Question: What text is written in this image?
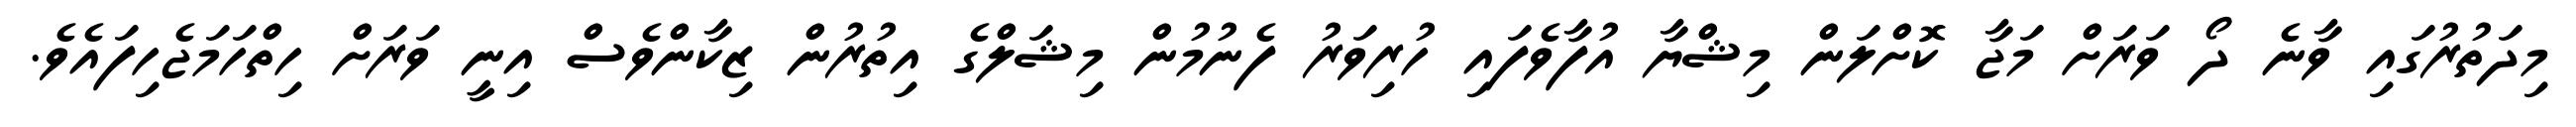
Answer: މިދަތުރުގައި ވާނެ ދޯ ވަރަށް މަޖާ ކޮށްލަން މިޝްޔާ އުފާވެފައި ހުރިވަރު ފެނުމުން މިޝަލްގެ އިތުރުން ޒިކާންވެސް އިނީ ވަރަށް ހިތްހަމަޖެހިފައެވެ.